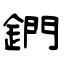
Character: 鍆